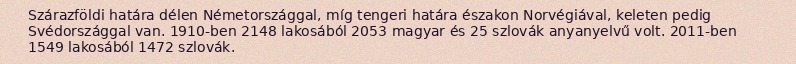
Szárazföldi határa délen Németországgal, míg tengeri határa északon Norvégiával, keleten pedig Svédországgal van. 1910-ben 2148 lakosából 2053 magyar és 25 szlovák anyanyelvű volt. 2011-ben 1549 lakosából 1472 szlovák.